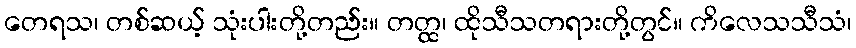
တေရသ၊ တစ်ဆယ့် သုံးပါးတို့တည်း။ တတ္ထ၊ ထိုသီသတရားတို့တွင်။ ကိလေသသီသံ၊